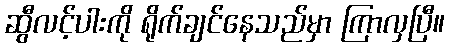
ဆွီလင့်ပါးကို ရိုက်ချင်နေသည်မှာ ကြာလှပြီ။